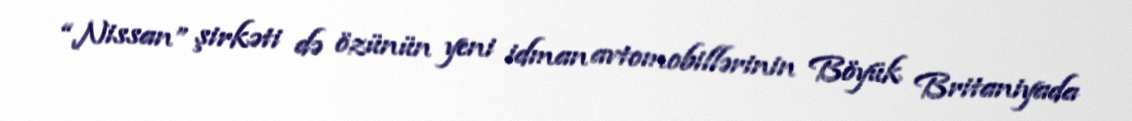
“Nissan” şirkəti də özünün yeni idman avtomobillərinin Böyük Britaniyada